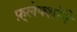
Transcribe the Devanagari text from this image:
फ़्लेक्शॉने